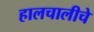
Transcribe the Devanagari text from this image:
हालचालीचे